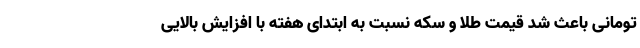
تومانی باعث شد قیمت طلا و سکه نسبت به ابتدای هفته با افزایش بالایی